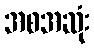
အစအဆုံး